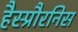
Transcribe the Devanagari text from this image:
हैस्प्रौरनिस